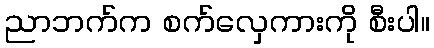
ညာဘက်က စက်လှေကားကို စီးပါ။